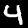
Label: 4